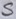
Text: S